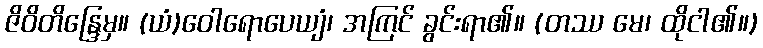
ဇိဝိတိန္ဒြေမှ။ (ယံ)ဝေါရောပေယျံ၊ အကြင် ခွင်းရာ၏။ (တဿ မေ၊ ထိုငါ၏။)